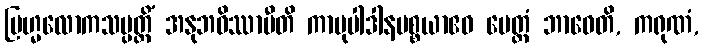
ဗြဟ္မလောကသမ္ပတ္တိံ အနုဘဝိဿာမီတိ ကာမုပါဒါနပစ္စယာဧဝ မေတ္တံ ဘာဝေတိ, ကရုဏံ,